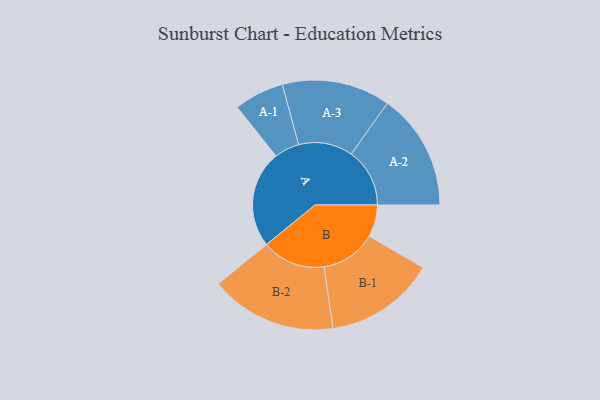
{"axis": {"x": "Segment", "y": "Value"}, "legend": ["", "A", "B"], "data": [{"x": "A", "y": 435, "type": ""}, {"x": "B", "y": 144, "type": ""}, {"x": "A-1", "y": 112, "type": "A"}, {"x": "A-2", "y": 262, "type": "A"}, {"x": "A-3", "y": 243, "type": "A"}, {"x": "B-1", "y": 248, "type": "B"}, {"x": "B-2", "y": 284, "type": "B"}]}